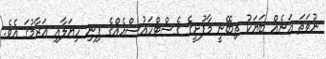
ނުވަތަ އަނެއް ބަޔަކު ތިބޭނީ މާފުށީގެ ގެސްޓްހައުސްއެއްގެ ފިނި ހިޔަލާއި އަރާމުގަ އެވެ.